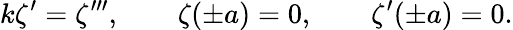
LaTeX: k\zeta^{\prime}=\zeta^{\prime\prime\prime},\qquad\zeta(\pm a)=0,\qquad\zeta^{\prime}(\pm a)=0.